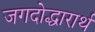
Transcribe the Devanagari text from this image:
जगदोद्धारार्थ